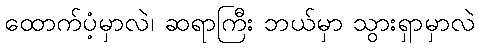
ထောက်ပံ့မှာလဲ၊ ဆရာကြီး ဘယ်မှာ သွားရှာမှာလဲ